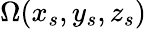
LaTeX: \Omega(x_{s},y_{s},z_{s})